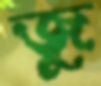
জু